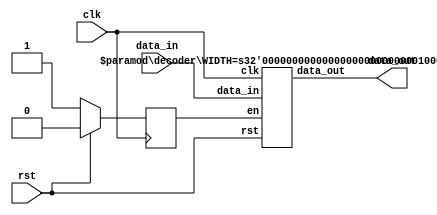
module decoder_top #(parameter WIDTH=32) (clk,rst,data_in,data_out);
    input clk;
    input rst;
    input [WIDTH-1:0] data_in;
    output [WIDTH-1:0] data_out;

    reg enable;
    wire [WIDTH-1:0] d_out;
    
    always @ (negedge clk) begin
        if (rst)
            enable <= 0;
        else
            enable <= 1;
    end

    decoder #(.WIDTH(WIDTH)) decoder_inst (.clk(clk),.rst(rst),.data_in(data_in),.data_out(d_out),.en(enable));

    assign data_out=d_out;
endmodule


module decoder #(parameter WIDTH=32)(
    input [WIDTH-1:0] data_in,
    input en,
    input rst,
    input clk,
    output reg [WIDTH-1:0] data_out
    );
    reg [WIDTH-1:0 ] data_out_w;
    
    always @ (negedge clk) begin
        if (rst)
            data_out <= 0;
        else
            if (!en)
                data_out <= 0;
            else
                data_out <= data_out_w;
    end
    
    always @ (data_in) begin
        casez(data_in) //synopsys full_case
            32'bzzzzzzzzzzzzzzzzzzzzzzzzzzzzz000: data_out_w = 32'd11111110;
            32'bzzzzzzzzzzzzzzzzzzzzzzzzzzzzz001: data_out_w = 32'd11111101;
            32'bzzzzzzzzzzzzzzzzzzzzzzzzzzzzz010: data_out_w = 32'd11111011;
            32'bzzzzzzzzzzzzzzzzzzzzzzzzzzzzz011: data_out_w = 32'd11110111;
            32'bzzzzzzzzzzzzzzzzzzzzzzzzzzzzz100: data_out_w = 32'd11101111;
            32'bzzzzzzzzzzzzzzzzzzzzzzzzzzzzz101: data_out_w = 32'd11011111;
            32'bzzzzzzzzzzzzzzzzzzzzzzzzzzzzz110: data_out_w = 32'd10111111;
            32'bzzzzzzzzzzzzzzzzzzzzzzzzzzzzz111: data_out_w = 32'd01111111;
 	 	 	default: data_out_w = 32'd11111111;
         endcase
    end
    
endmodule